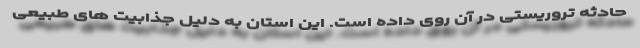
حادثه تروریستی در آن روی داده است. این استان به دلیل جذابیت های طبیعی